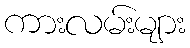
ကားလမ်းများ